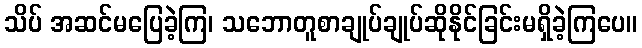
သိပ် အဆင်မပြေခဲ့ကြ၊ သဘောတူစာချုပ်ချုပ်ဆိုနိုင်ခြင်းမရှိခဲ့ကြပေ။